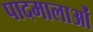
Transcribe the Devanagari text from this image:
पादमालाओं